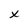
Character: x